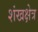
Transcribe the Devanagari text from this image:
शंखक्षेत्र